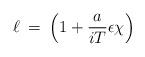
LaTeX: \begin{align*}\ell \> = \>\left ( 1 + \frac{a}{i T} \epsilon \chi \right )\end{align*}